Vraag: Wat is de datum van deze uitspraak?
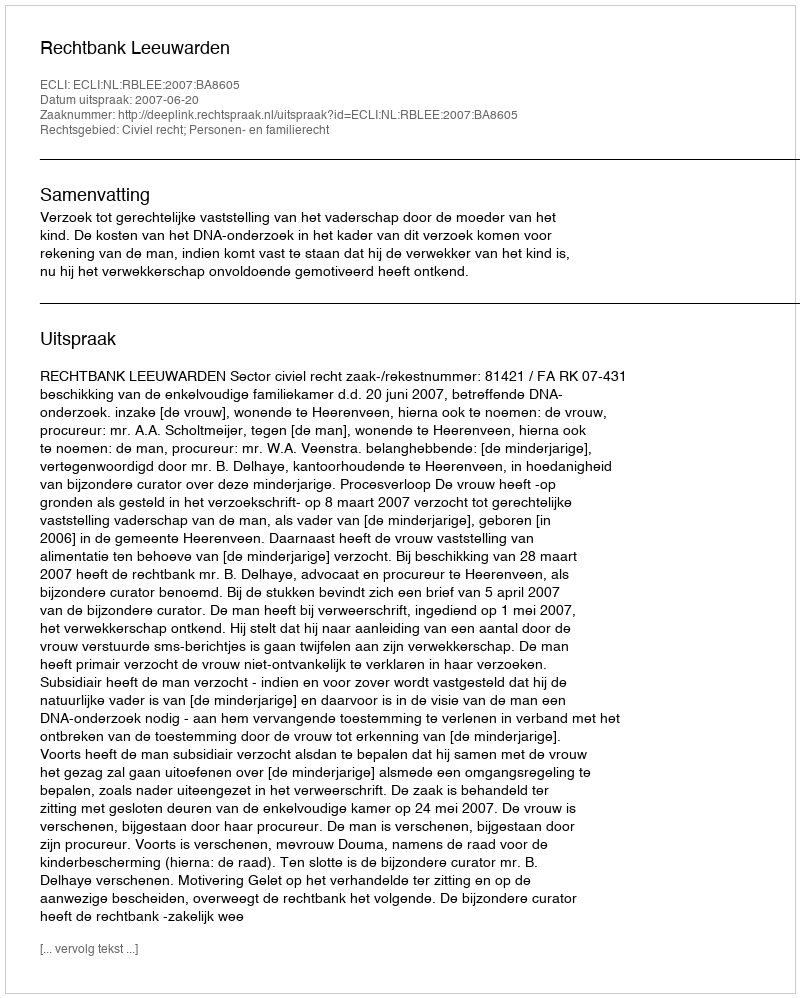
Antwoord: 2007-06-20